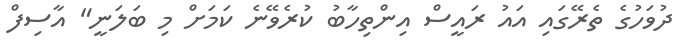
ދުވަހުގެ ތެރޭގައި އައު ރައީސް އިންތިހާބު ކުރެވޭނެ ކަމަށް މި ބަލަނީ" އާސިފް